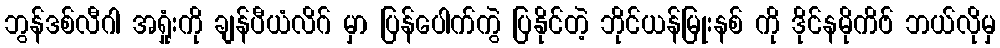
ဘွန်ဒစ်လီဂါ အရှုံးကို ချန်ပီယံလိဂ် မှာ ပြန်ပေါက်ကွဲ ပြနိုင်တဲ့ ဘိုင်ယန်မြုးနစ် ကို ဒိုင်နမိုကိဗ် ဘယ်လိုမှ